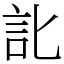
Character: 䚰